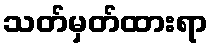
သတ်မှတ်ထားရာ